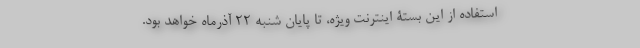
استفاده از این بستۀ اینترنت ویژه، تا پایان شنبه ۲۲ آذرماه خواهد بود.